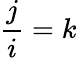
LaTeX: {\frac{j}{i}}=k